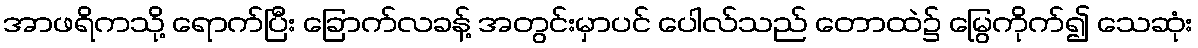
အာဖရိကသို့ ရောက်ပြီး ခြောက်လခန့် အတွင်းမှာပင် ပေါလ်သည် တောထဲ၌ မြွေကိုက်၍ သေဆုံး